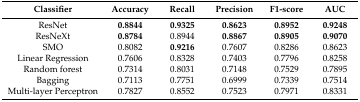
<table><thead><tr><td><b>Classifier</b></td><td><b>Accuracy</b></td><td><b>Recall</b></td><td><b>Precision</b></td><td><b>F1-score</b></td><td><b>AUC</b></td></tr></thead><tbody><tr><td>ResNet</td><td><b>0.8844</b></td><td><b>0.9325</b></td><td><b>0.8623</b></td><td><b>0.8952</b></td><td><b>0.9248</b></td></tr><tr><td>ResNeXt</td><td><b>0.8784</b></td><td>0.8944</td><td><b>0.8867</b></td><td><b>0.8905</b></td><td><b>0.9070</b></td></tr><tr><td>SMO</td><td>0.8082</td><td><b>0.9216</b></td><td>0.7607</td><td>0.8286</td><td>0.8623</td></tr><tr><td>Linear Regression</td><td>0.7606</td><td>0.8328</td><td>0.7403</td><td>0.7796</td><td>0.8258</td></tr><tr><td>Random forest</td><td>0.7314</td><td>0.8031</td><td>0.7148</td><td>0.7529</td><td>0.7895</td></tr><tr><td>Bagging</td><td>0.7113</td><td>0.7751</td><td>0.6999</td><td>0.7339</td><td>0.7514</td></tr><tr><td>Multi-layer Perceptron</td><td>0.7827</td><td>0.8552</td><td>0.7523</td><td>0.7971</td><td>0.8331</td></tr></tbody></table>